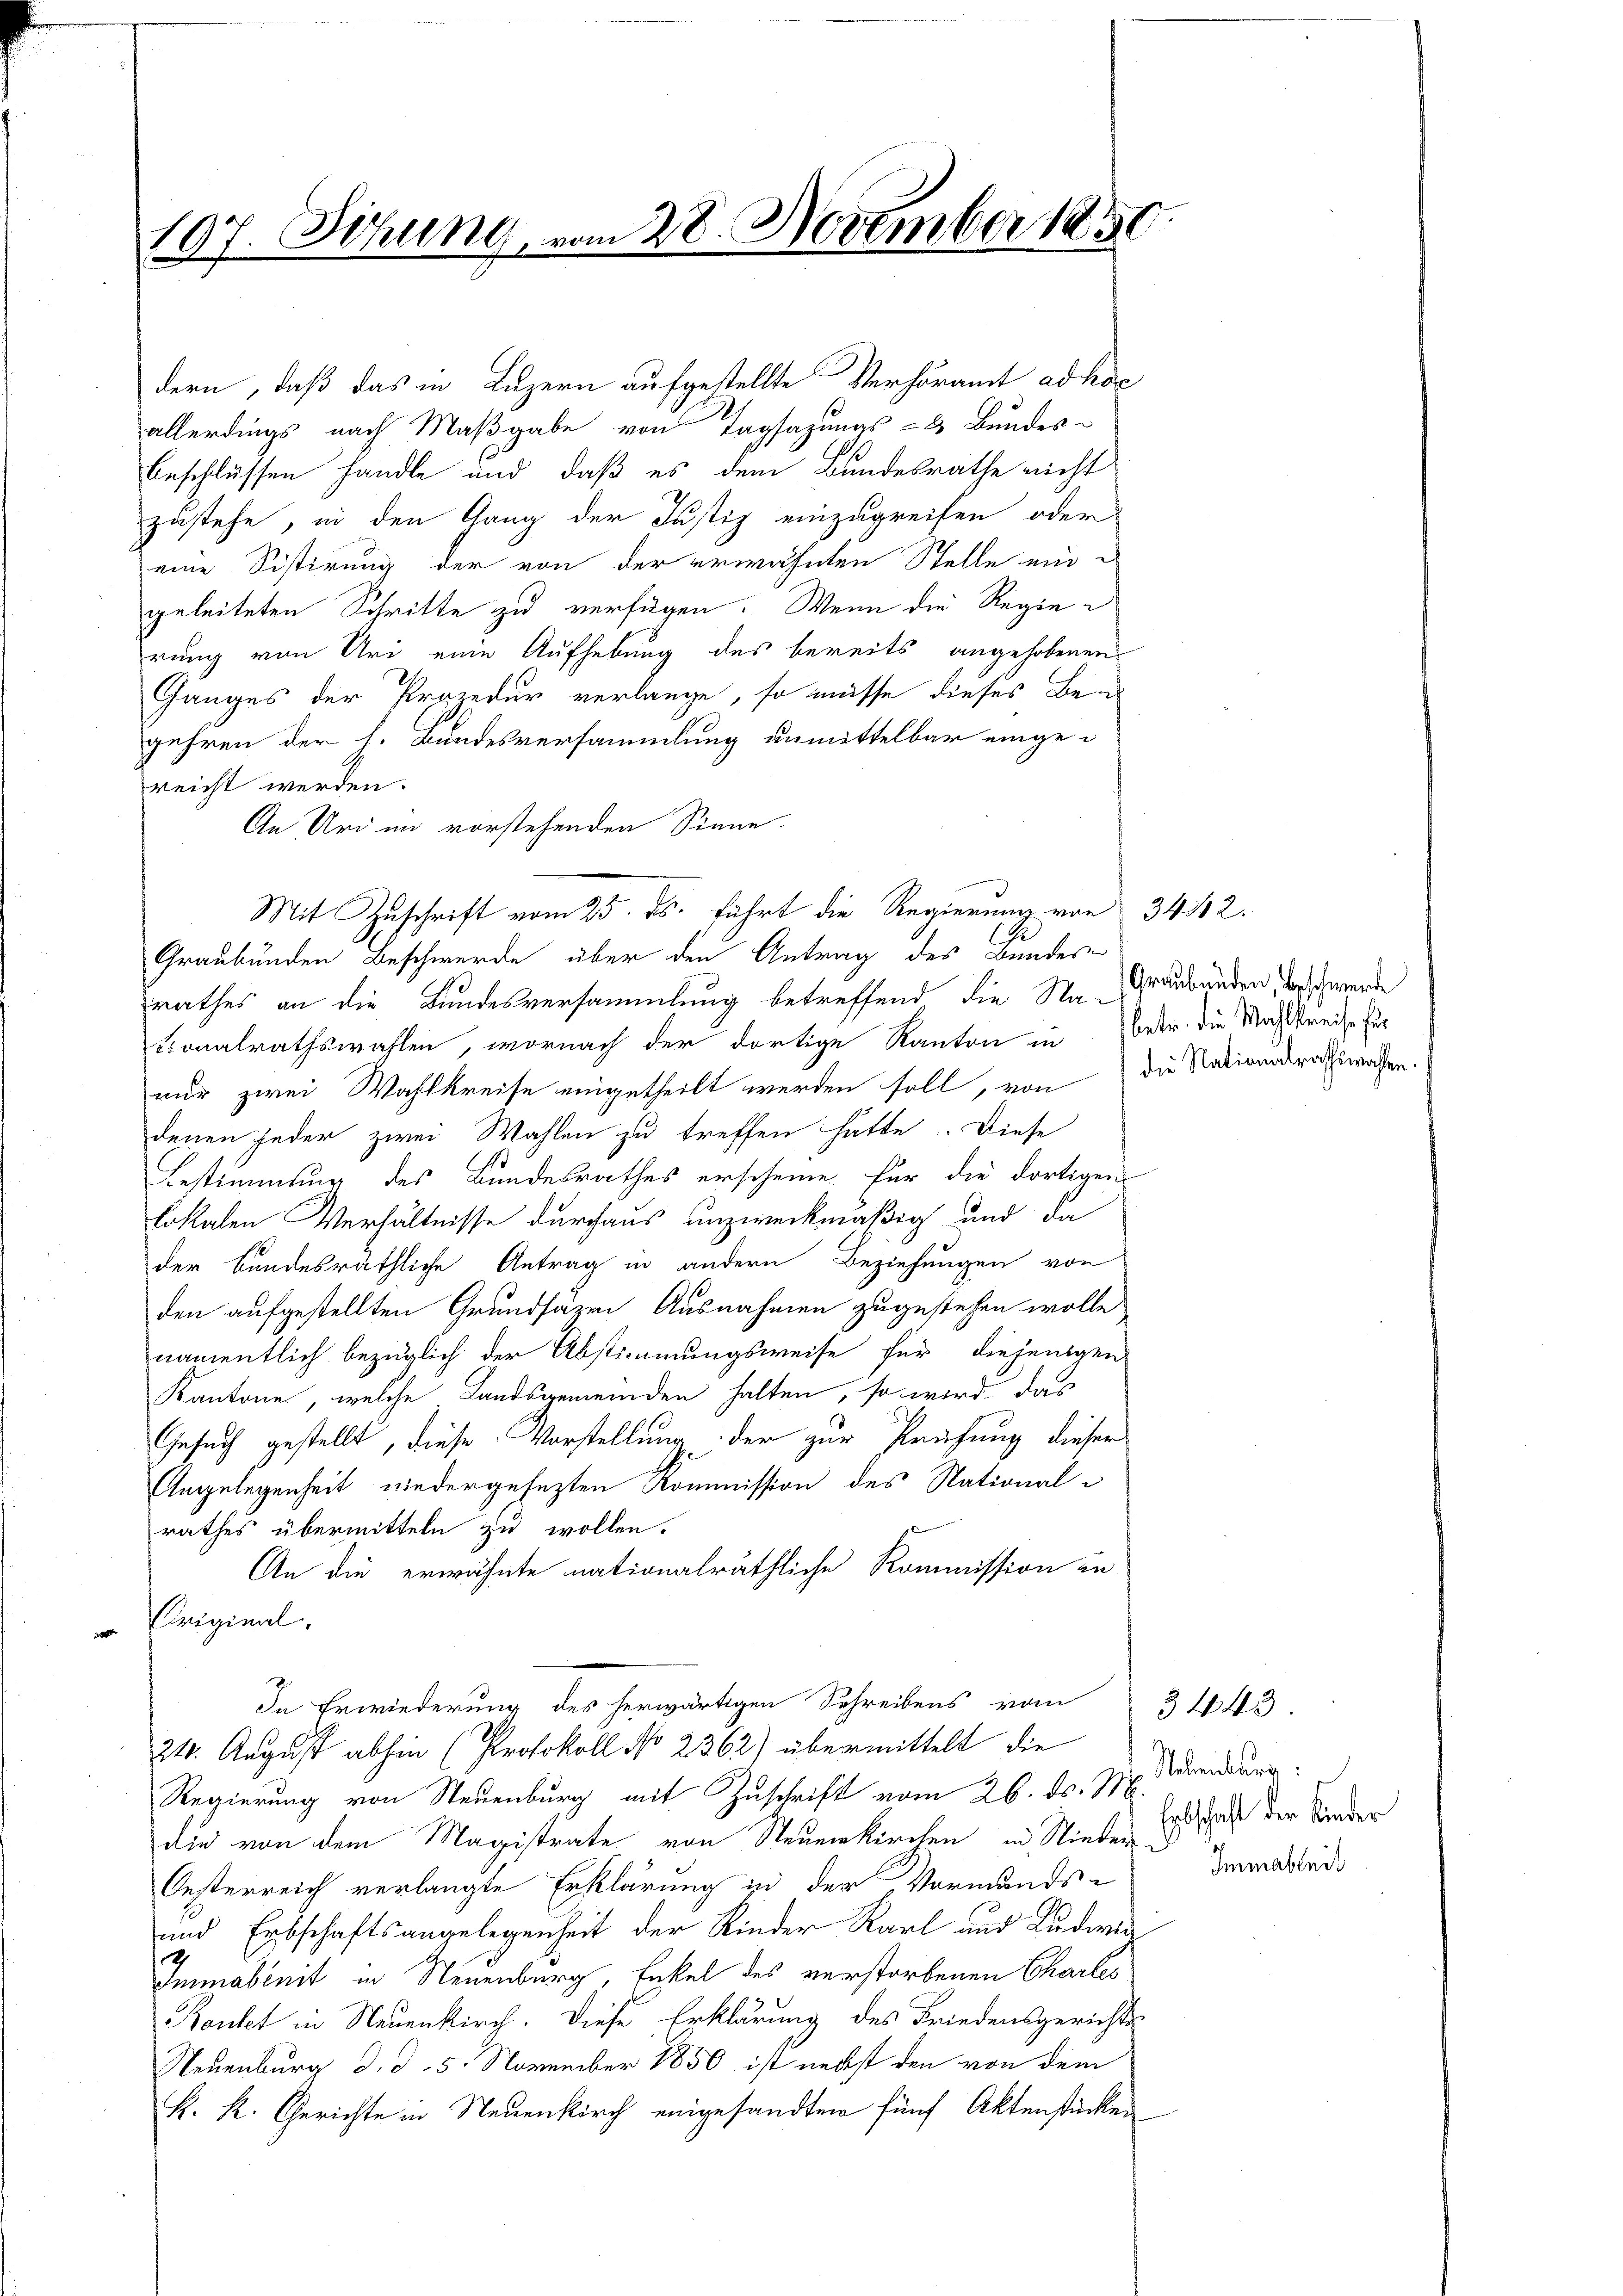
197. Sitzung

dern, daß das in Luzern aufgestellte Verhöramt ad hoc
allerdings nach Maßgabe von Tagsazungs- & Bundes-
beschlüssen handle und daß es dem Bundesrathe nicht
zustehe, in den Gang der Justiz einzugreifen, oder
eine Sistirung der von der erwähnten Stelle eingeleiteten Schritte zu verfügen. Wenn die Regie e
rung von Uri eine Aufhebung des bereits angehobenen
Ganges der Prozedur verlange, so müsse dieses Be-
gehren der h. Bundesversammlung unmittelbar eingereicht werden.
An Uri im vorstehenden Sinne.
Graubünden Beschwerde über den Antrag des Bundes-
rathes an die Bundesversammlung betreffend, die Na- Graubünden, beschwerde
tionalrathswahlen, wornach der dortige Kanton in betr. die Mahlkreise für
nur zwei Wahlkreise eingetheilt werden soll, von die Nationsratswesen.
denen jeder zwei Wahlen zu treffen hätte. Diese
Bestimmung des Bundesrathes erscheine. Für die dortigen
lokalen Verhältnisse durchaus unzweckmäßig und da
der bundesräthliche Antrag in andern Beziehungen von
den aufgestellten Grundsazen Ausnahmen zugestehen wolle
namentlich bezüglich der Abstimmungsweise für diejenigen
Kantone, welche Landsgemeinden halten, so wird das
Gesuch gestellt, diese Vorstellung der zur Prüfung dieser
Angelegenheit wiedergesezten Kommission des Nationalrathes übermitteln zu wollen.
An die erwähnte nationalräthliche Kommission in
Original
In Erwiederung des herwärtigen Schreibens vom 31443.
24. August abhin (Protokoll No 2362) übermittelt die
Regierung von Steuenburg mit Zuschrift vom 26. ds. M.
die von dem Magistrate von Steuerkirchen in Nieder
Oesterreich verlangte Erklärung in der Vormunds¬
und Erbschaftsangelegenheit der Kinder Karl aus Ludwig
2
Emmabreit in Neuenburg, Enkel des verstorbenen Charles
Kautet in Neuenkirch. Diese Erklärung des Friedensgerichts-
Neuenburg d. d. 5. November 1850 ist nebst den von dem
H. K. Gerichte in Neuenkirch eingesandten fünf Aktenstücken

28. November 185

Mit Zuschrift vom 25. ds. führt die Regierung von 3442.

Neuenburg:
Erbschaft der Kinder
Immableit